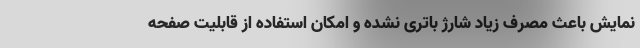
نمایش باعث مصرف زیاد شارژ باتری نشده و امکان استفاده از قابلیت صفحه